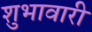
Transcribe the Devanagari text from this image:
शुभावारी